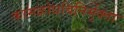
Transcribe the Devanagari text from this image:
कामक्रोधविनिर्मुक्ताः